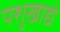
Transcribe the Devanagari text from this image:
पशुखाद्ये